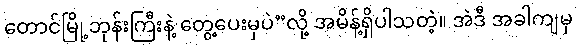
တောင်မြို့ဘုန်းကြီးနဲ့ တွေ့ပေးမှပဲ”လို့ အမိန့်ရှိပါသတဲ့။ အဲဒီ အခါကျမှ